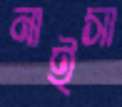
নাইসা